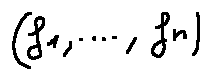
( f _ { 1 } , \ldots , f _ { n } )